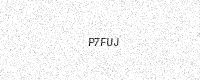
Text: P7FUJ